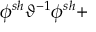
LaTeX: \phi ^ { s h } \vartheta ^ { - 1 } \phi ^ { s h } + \protect